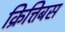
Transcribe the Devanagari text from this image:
क्रित्तिबस